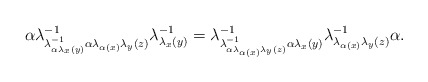
\begin{align*}\alpha\lambda_{\lambda_{\alpha\lambda_{x}(y)}^{-1}\alpha\lambda_{\alpha(x)}\lambda_{y}(z)}^{-1}\lambda_{\lambda_{x}(y)}^{-1}=\lambda_{\lambda_{\alpha\lambda_{\alpha(x)}\lambda_{y}(z)}^{-1}\alpha\lambda_{x}(y)}^{-1}\lambda_{\lambda_{\alpha(x)}\lambda_{y}(z)}^{-1}\alpha.\end{align*}